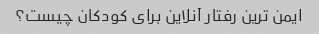
ایمن ترین رفتار آنلاین برای کودکان چیست؟